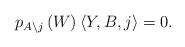
LaTeX: \begin{align*}p_{A\backslash j}\left(W\right)\left\langle Y,B,j\right\rangle =0.\end{align*}